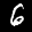
Label: 6